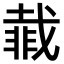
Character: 𮧇